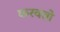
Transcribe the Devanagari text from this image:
करवतो